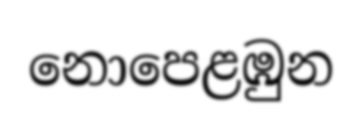
නොපෙළඹුන